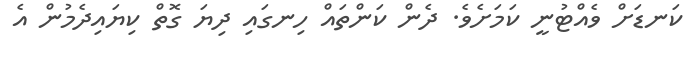
ކަނޑަށް ވެއްޓުނީ ކަމަށެވެ. ދެން ކަންތައް ހިނގައި ދިޔަ ގޮތް ކިޔައިދެމުން އެ